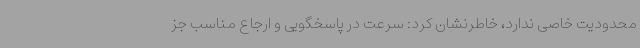
محدودیت خاصی ندارد، خاطرنشان کرد: سرعت در پاسخگویی و ارجاع مناسب جز